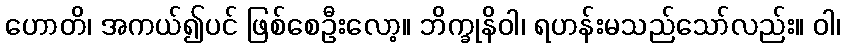
ဟောတိ၊ အကယ်၍ပင် ဖြစ်စေဦးလော့။ ဘိက္ခုနိဝါ၊ ရဟန်းမသည်သော်လည်း။ ဝါ၊